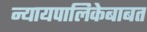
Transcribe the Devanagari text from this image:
न्यायपालिकेबाबत